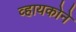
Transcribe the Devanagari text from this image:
व्हायकोने